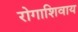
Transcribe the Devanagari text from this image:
रोगाशिवाय